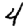
Digit: 4